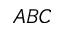
A B C